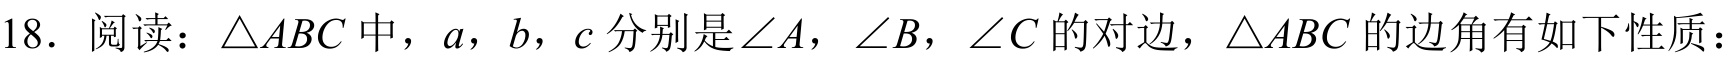
18. 阅读：\(\triangle ABC\)中，\(a\)，\(b\)，\(c\)分别是\(\angle A\)，\(\angle B\)，\(\angle C\)的对边，\(\triangle ABC\)的边角有如下性质：